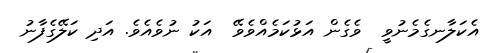
އެކަލާނގެމެނުވީ  ވެގެން އަޅުކަމެއްވެވޭ  އަކު ނުވެއެވެ. އަދި ކަލޭގެފާނު